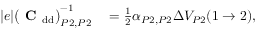
\begin{array} { r l } { | e | \big ( \mathrm { \textbf { C } } _ { \mathrm { d d } } \big ) _ { P 2 , P 2 } ^ { - 1 } } & { { } = \frac { 1 } { 2 } \alpha _ { P 2 , P 2 } \Delta V _ { P 2 } ( 1 \to 2 ) , } \end{array}